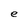
Character: e